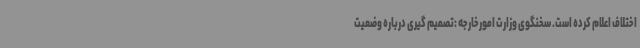
اختلاف اعلام کرده است. سخنگوی وزارت امورخارجه :تصمیم گیری درباره وضعیت